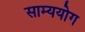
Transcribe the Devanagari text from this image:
साम्ययोग